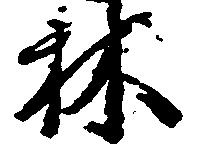
林